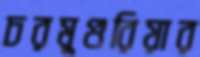
চরমুগুরিয়ার